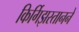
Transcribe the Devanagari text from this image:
किर्गिझस्तानने